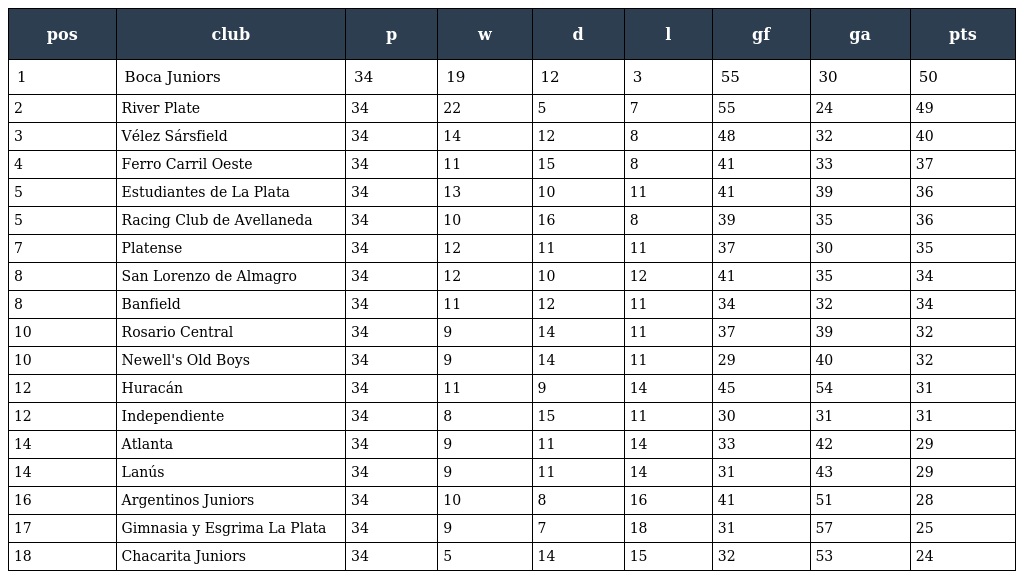
| pos | club | p | w | d | l | gf | ga | pts |
 | --- | --- | --- | --- | --- | --- | --- | --- | --- |
 | 1 | Boca Juniors | 34 | 19 | 12 | 3 | 55 | 30 | 50 |
 | 2 | River Plate | 34 | 22 | 5 | 7 | 55 | 24 | 49 |
 | 3 | Vélez Sársfield | 34 | 14 | 12 | 8 | 48 | 32 | 40 |
 | 4 | Ferro Carril Oeste | 34 | 11 | 15 | 8 | 41 | 33 | 37 |
 | 5 | Estudiantes de La Plata | 34 | 13 | 10 | 11 | 41 | 39 | 36 |
 | 5 | Racing Club de Avellaneda | 34 | 10 | 16 | 8 | 39 | 35 | 36 |
 | 7 | Platense | 34 | 12 | 11 | 11 | 37 | 30 | 35 |
 | 8 | San Lorenzo de Almagro | 34 | 12 | 10 | 12 | 41 | 35 | 34 |
 | 8 | Banfield | 34 | 11 | 12 | 11 | 34 | 32 | 34 |
 | 10 | Rosario Central | 34 | 9 | 14 | 11 | 37 | 39 | 32 |
 | 10 | Newell's Old Boys | 34 | 9 | 14 | 11 | 29 | 40 | 32 |
 | 12 | Huracán | 34 | 11 | 9 | 14 | 45 | 54 | 31 |
 | 12 | Independiente | 34 | 8 | 15 | 11 | 30 | 31 | 31 |
 | 14 | Atlanta | 34 | 9 | 11 | 14 | 33 | 42 | 29 |
 | 14 | Lanús | 34 | 9 | 11 | 14 | 31 | 43 | 29 |
 | 16 | Argentinos Juniors | 34 | 10 | 8 | 16 | 41 | 51 | 28 |
 | 17 | Gimnasia y Esgrima La Plata | 34 | 9 | 7 | 18 | 31 | 57 | 25 |
 | 18 | Chacarita Juniors | 34 | 5 | 14 | 15 | 32 | 53 | 24 |